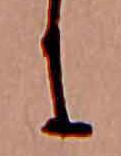
に